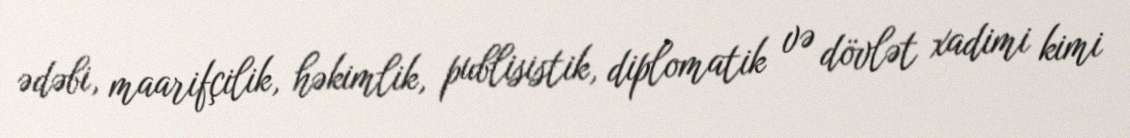
ədəbi, maarifçilik, həkimlik, publisistik, diplomatik və dövlət xadimi kimi